Civil Veterinary Dept. North-West Frontier Province 1933-46 - 1933-1946
Year: 1933
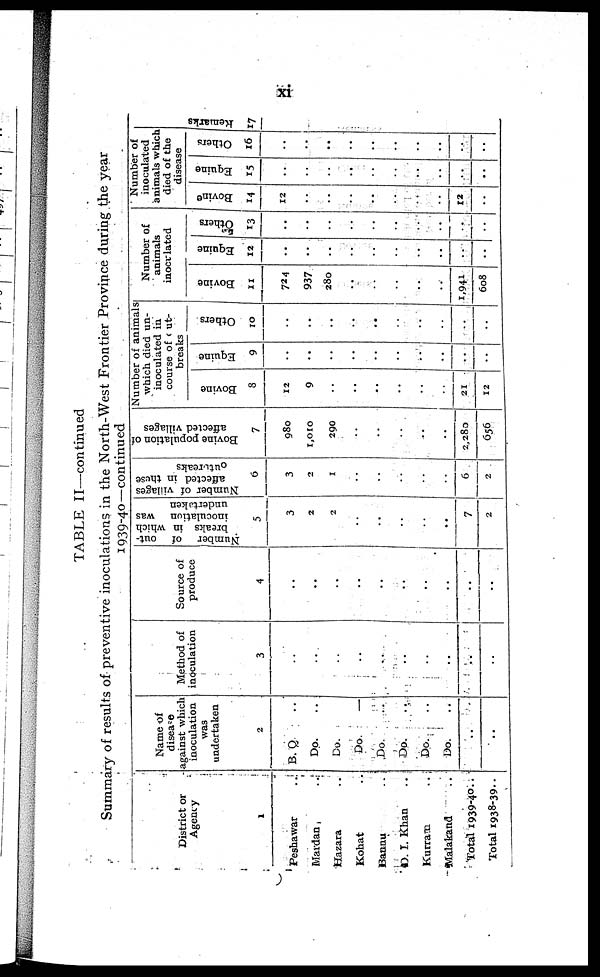
xi
TABLE II—continued
Summary of results of preventive inoculations in the North-West Frontier Province during the year
1039-40—continued
District or
Agency
1
Peshawar ..
Mardan ..
Hazara ..
Kohat ..
Bannu ..
D. I. Khan ..
Kurram
...
Malakand ..
Total 1939-40 ..
Total 1938-39..
Name of
disease
against which
inoculation
was
undertaken
2
B. O ..
Do. ..
Do. ..
Do.
..
Do.
..
Do.
..
Do.
..
Do.
..
..
..
Method of
inoculation
3
..
..
..
..
..
..
..
..
....
..
Source of
produce
4
..
..
..
..
..
..
..
..
..
..
Number
of
out
breaks in which
inoculation
was
undertaken
5
3
2
2
..
..
..
..
..
7
2
Number of villages
affected in those
outbreaks
6
3
2
1
..
..
..
..
..
6
2
Bovine population of
affected villages
7
980
1,010
290
..
..
..
..
..
2,280
656
Number of animals
which died un-
inoculated in
course of out-
breaks
Bovine
8
12
9
..
....
..
..
..
..
21
12
Equine
9
..
..
..
..
..
....
..
..
..
..
Others
10
..
..
....
....
..
..
..
..
..
..
Number of
animals
inoculated
Bovine
11
724
937
280
..
..
..
..
..
1,941
608
Equine
12
..
..
....
..
..
..
..
..
..
..
Others
13
..
..
....
..
....
..
..
..
..
..
Number of
inoculated
animals which
died of the
disease
Bovine
14
12
....
..
..
..
..
..
..
12
..
Equine
15
..
..
..
..
..
..
..
..
....
..
Others
16
..
..
..
..
..
..
..
..
..
..
Remarks
17